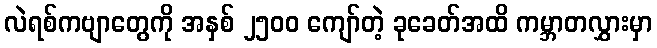
လဲရစ်ကဗျာတွေကို အနှစ် ၂၅၀၀ ကျော်တဲ့ ခုခေတ်အထိ ကမ္ဘာတလွှားမှာ